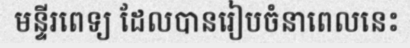
មន្ទីរពេទ្យ ដែលបានរៀបចំនាពេលនេះ